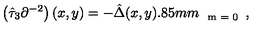
\left( \hat { \tau } _ { 3 } \partial ^ { - 2 } \right) ( x , y ) = - \hat { \Delta } ( x , y ) \raisebox { - 2 . 8 5 m m } { \scriptsize { m = 0 } } ,